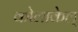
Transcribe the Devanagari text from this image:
कोलाकेल्